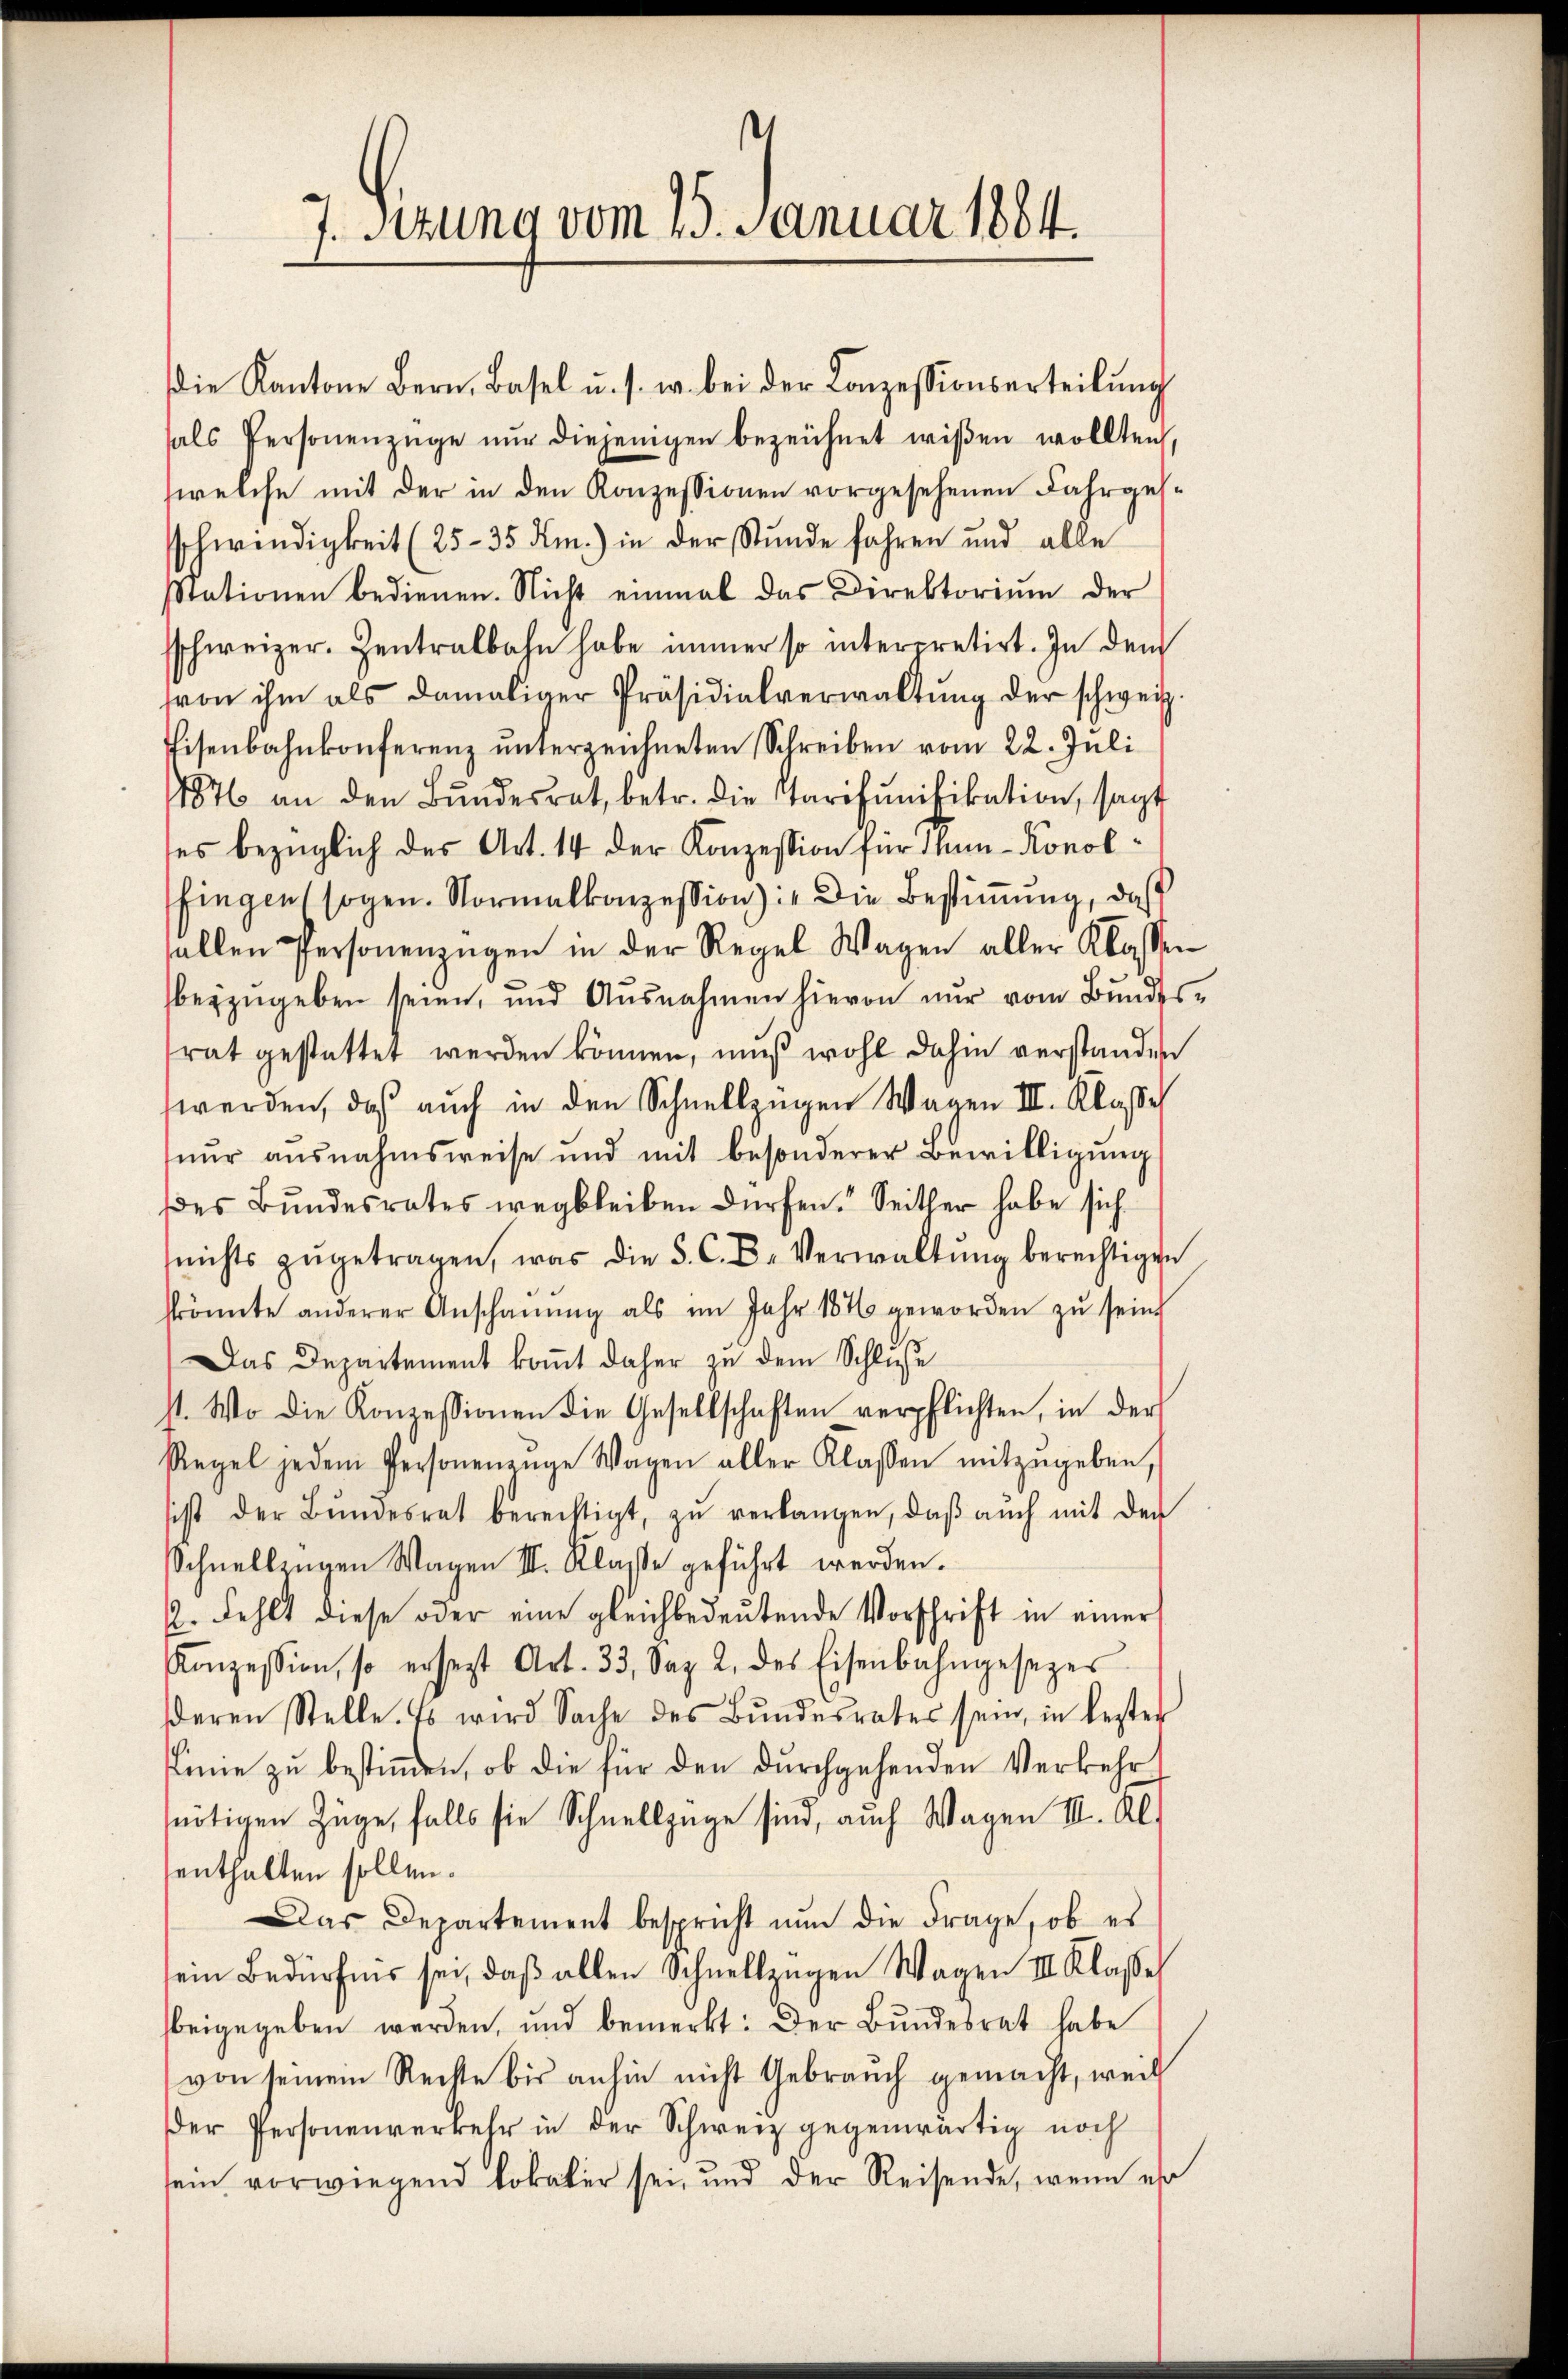
7. Setzung vom 15. Januar 1864.

die Kantone Bern, Basel u. s. w. bei der Conzessionserteilŭng
hals Personenzüge nŭr diejenigen bezeichnet wißen wollten
welche mit der in den Konzessionen vorgesehenen Fahrgessschwindigkeit (25-35 Km.) in der Stunde fahren und alle
stationen bedienen. Nicht einmal das Direktoriŭm der
sschweizer. Zentralbahn habe immer so interpretirt. In dem
von ihm als damaliger Präsidialverwaltŭng der schweiz
Eisenbahnkonferenz ŭnterzeichneten Schreiben vom 22. Juli
1876 an den Bŭndesrat, betr. die Starifŭnifikation, sagt
des bezüglich des Art. 14 der Konzession für Man-Konolfingen sogen. Normalkonzession: „Die Bestimmung, daß
allen Personenzügen in der Regel Wagen aller Klassen
beyzugeben seien, und Ausnahmen hievon nur vom Bundes-
frat gestattet werden können, muß wohl dahin verstanden
werden, daß auch in den Schnellzügen Wagen III. Klasse
nŭr aŭsnahmsweise und mit besonderer Bewilligŭng
es Bundesrates wegbleiben dürfen. Seither habe sich
nichts zŭgetragen, was die 5. C. F. Verwaltŭng berechtigen
skönnte anderer Anschaŭŭng als im Jahr 1876 geworden zŭ seine
Das Departement kommt daher zu dem Schluße
st. Wo die Konzessionen die Gesellschaften verpflichten, in der
Regel jedem Personenzŭge Wagen aller Klassen mitzŭgeben,
sist der Bŭndesrat berechtigt, zŭ verlangen, daβ aŭch mit der
Schnellzügen Wagen II. Klasse geführt werden.
2. Fehlt diese oder eine gleichbedeŭtende Vorschrift in einer
Konzession, so ersezt Art. 33. Sep. 2. des Eisenbahngesezes
deren Stelle. Es wird Sache des Bŭndesrates sein, in lezter
Linie zu bestimmen, ob die für den durchgehenden Verkehr
nötigen Züge, falls sie Schnellzüge sind, auch Wagen III. Al.
enthalten sollen.
Das Departement bespricht nun die Frage, ob es
sein Bedürfnis sei, daß allen Schnellzügen Wagen III Klasse
beigegeben werden, und bemerkt: Der Bŭndesrat habe
von seinem Rechte bis anhin nicht Gebrauch gemacht, weil
der Personenverkehr in der Schweiz gegenwärtig noch
sein vorwiegend Lokaler sei, und der Reisende, wenn es